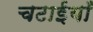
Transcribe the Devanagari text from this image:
चटाईयाँ